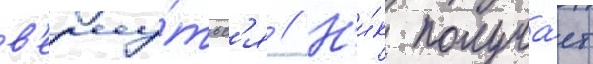
в'ерну́тьс'я // Н'и́к получа́ет